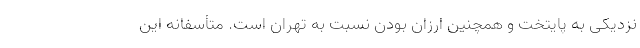
نزدیکی به پایتخت و همچنین ارزان بودن نسبت به تهران است. متأسفانه این